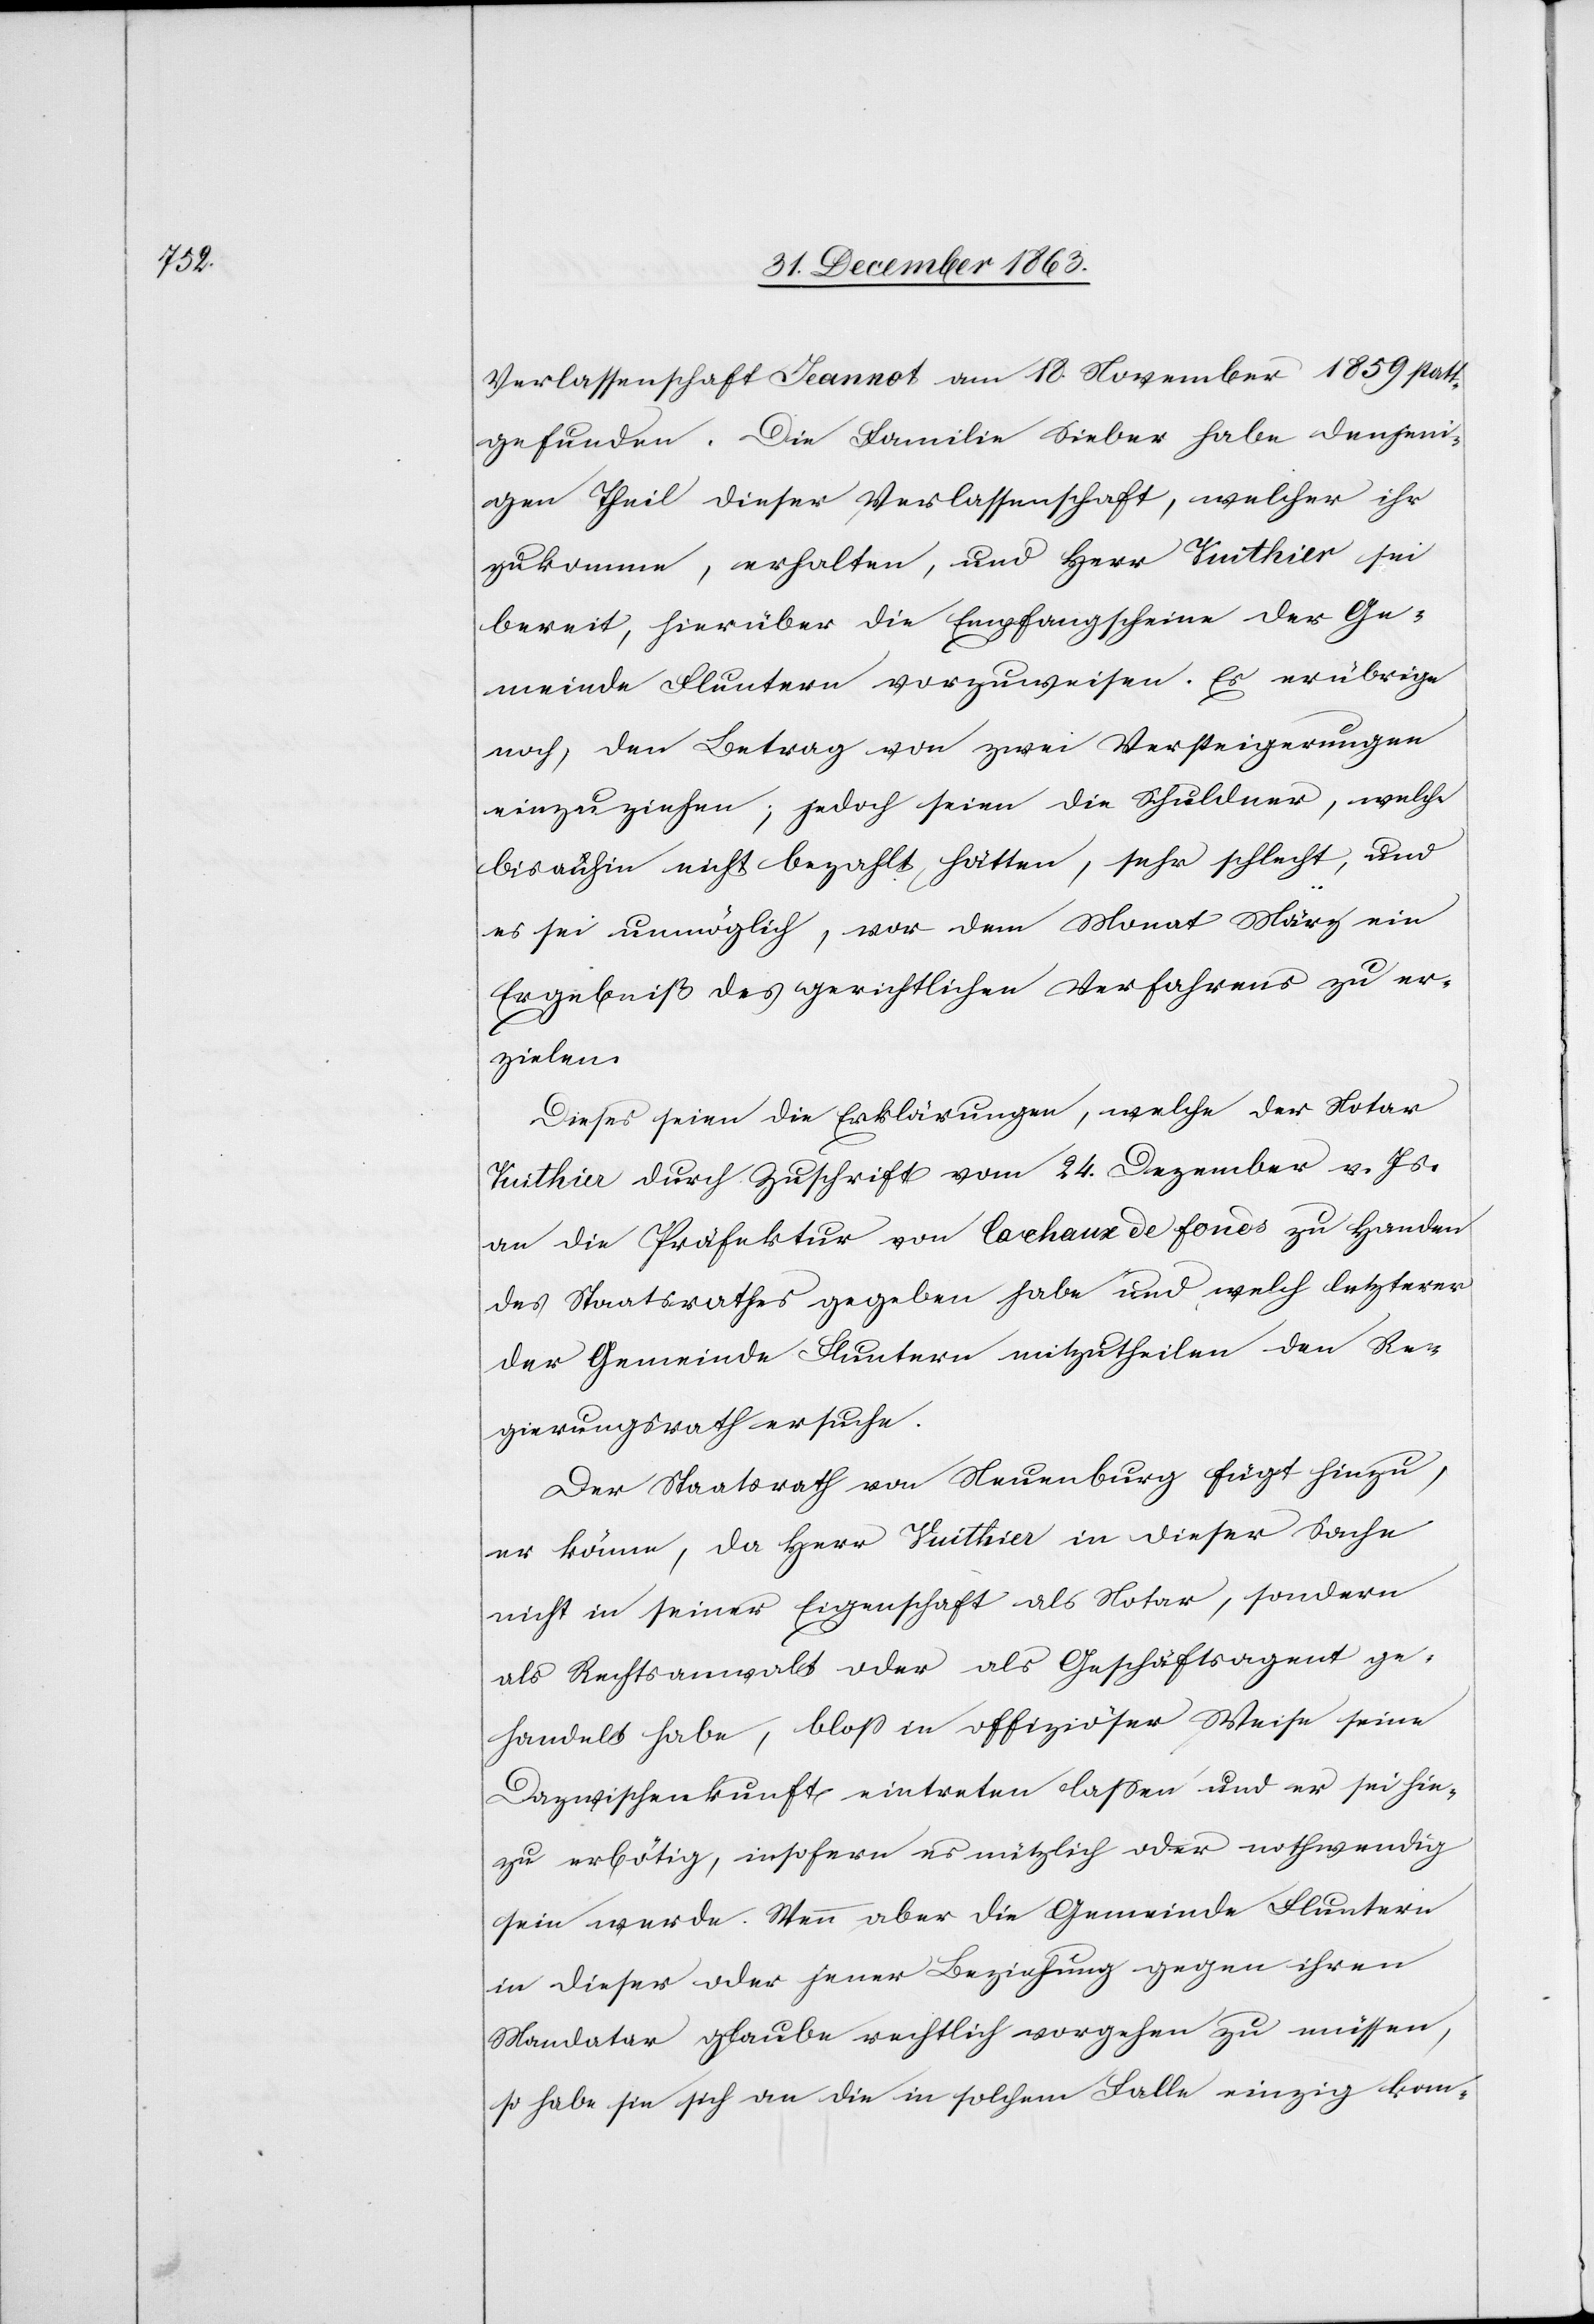
Verlassenschaft Jeannot [sic!] am 18. November 1859 statt¬
gefunden. Die Familie Sieber habe denjeni¬
gen Theil dieser Verlassenschaft, welcher ihr
zukomme, erhalten, und Herr Vuithier sei
bereit, hierüber die Empfangscheine der Ge¬
meinde Fluntern vorzuweisen. Es erübrige
noch, den Betrag von zwei Versteigerungen
einzuziehen; jedoch seien die Schuldner, welche
bisanhin nicht bezahlt hätten, sehr schlecht, und
es sei unmöglich, vor dem Monat März ein
Ergebniß des gerichtlichen Verfahrens zu er¬
zielen.
Dieses seien die Erklärungen, welche der Notar
Vuithier durch Zuschrift vom 24. Dezember v. Js.
an die Präfektur von la chaux de fonds zu Handen
des Staatsrathes gegeben habe und welch letzterer
der Gemeinde Fluntern mitzutheilen den Re¬
gierungsrath ersuche.
Der Staatsrath von Neuenburg fügt hinzu,
er könne, da Herr Vuithier in dieser Sache
nicht in seiner Eigenschaft als Notar, sondern
als Rechtsanwalt oder als Geschäftsagent ge¬
handelt habe, bloss in offiziöser Weise seine
Dazwischenkunft eintreten lassen und er sei hie¬
zu erbötig, insofern es nützlich oder nothwendig
sein werde. Wenn aber die Gemeinde Fluntern
in dieser oder jener Beziehung gegen ihren
Mandatar glaube rechtlich vorgehen zu müssen,
so habe sie sich an die in solchem Falle einzig kom-